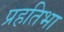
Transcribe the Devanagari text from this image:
प्रहतिभा